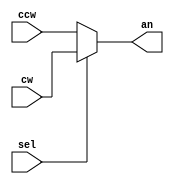
`timescale 1ns / 1ps
//////////////////////////////////////////////////////////////////////////////////
// Company: 
// Engineer: 
// 
// Design Name: 
// Module Name:    directional_selector 
// Project Name: 
// Target Devices: 
// Tool versions: 
// Description: 
//
// Dependencies: 
//
// Revision: 
// Revision 0.01 - File Created
// Additional Comments: 
//
//////////////////////////////////////////////////////////////////////////////////
module directional_selector1(
			input wire [7:0] cw,
			input wire [7:0] ccw,
			input wire  sel,
			output wire [7:0] an
    );
		assign an = (sel)? cw: ccw;
			 
endmodule